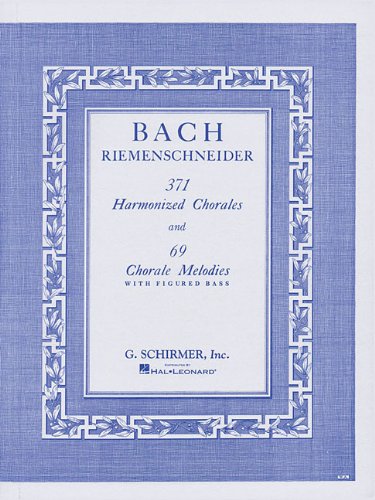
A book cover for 371 Harmonized Chorales and 69 Chorale Melodies with Figured Bass; Humor & Entertainment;